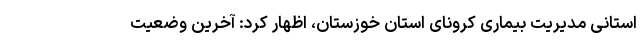
استانی مدیریت بیماری کرونای استان خوزستان، اظهار کرد: آخرین وضعیت